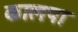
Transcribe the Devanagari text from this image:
कालपा